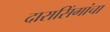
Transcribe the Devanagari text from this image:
दारासिंगांचा